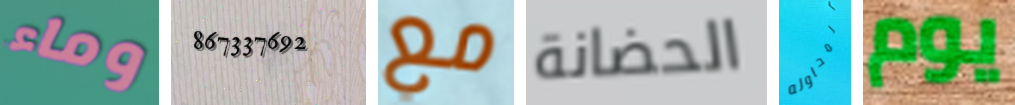
وماء 867337692 مع الحضانة المحاوله يوم